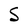
Character: S